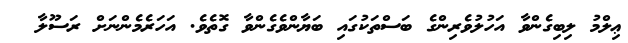
ޢިލްމު ލިބިގެންވާ އަހުލުވެރިންގެ ބަސްތަކުގައި ބަޔާންވެގެންވާ ގޮތެވެ. އަހަރެމެންނަށް ރަސޫލާ